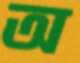
অ